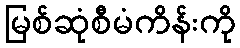
မြစ်ဆုံစီမံကိန်းကို